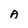
Character: A